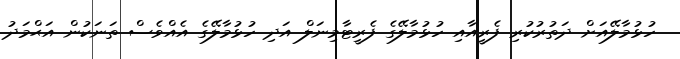
ހުޅުމާލޭއަށް ދަތުރުކުރި ފެރީއާއި ހުޅުމާލޭގެ ފެރީޓާމިނަލް އަދި ހުޅުމާލޭގެ އެއްވެސް ތަނަކުން އަޙްމަދު